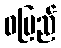
ဝပြည်